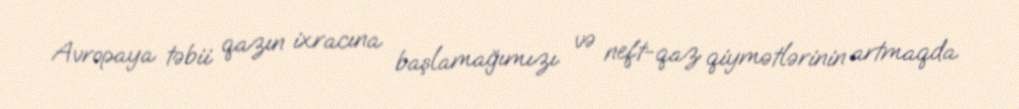
Avropaya təbii qazın ixracına başlamağımızı və neft-qaz qiymətlərinin artmaqda